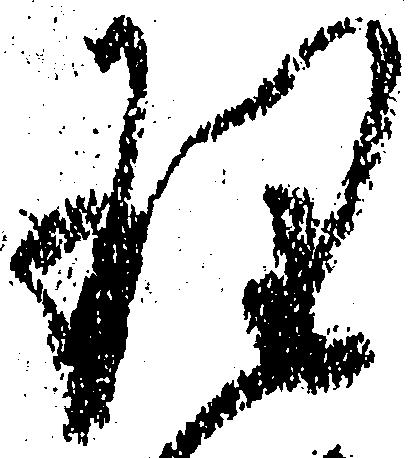
理